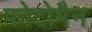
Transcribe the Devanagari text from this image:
फोटोमैन